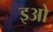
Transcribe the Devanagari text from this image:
इओ